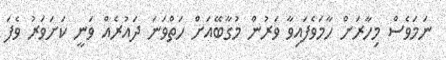
ނަމަވެސް މިހާރަށް ހާމަވެފައިވާ ވަރުން މުގާބޭއަށް ހަތްވަނަ ދައުރެއް ވަނީ ކަށަވަރު ވެފަ